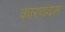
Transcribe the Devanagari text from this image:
कारणवस